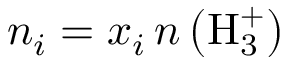
n _ { i } = x _ { i } \, n \left( \mathrm { H _ { 3 } ^ { + } } \right)